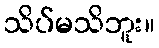
သိပ်မသိဘူး။